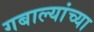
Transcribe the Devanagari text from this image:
गबाल्यांच्या